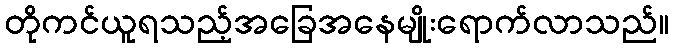
တိုကင်ယူရသည့်အခြေအနေမျိုးရောက်လာသည်။